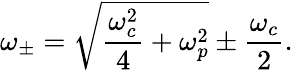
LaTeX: \omega_{\pm}=\sqrt{\frac{\omega_{c}^{2}}{4}+\omega_{p}^{2}}\pm\frac{\omega_{c}}{2}.